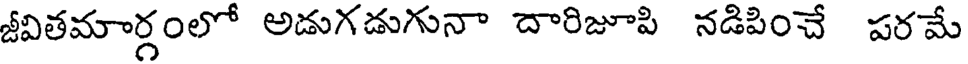
జీవితమార్గంలో అడుగడుగునా దారిజూపి నడిపించే పరమే